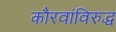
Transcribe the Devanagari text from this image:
कौरवांविरुद्ध